DOW-UAP-D49, Launch Summary, Vandenberg AFB, 2000
Agency: Department of War
Incident date: 2/3/00
Page 37
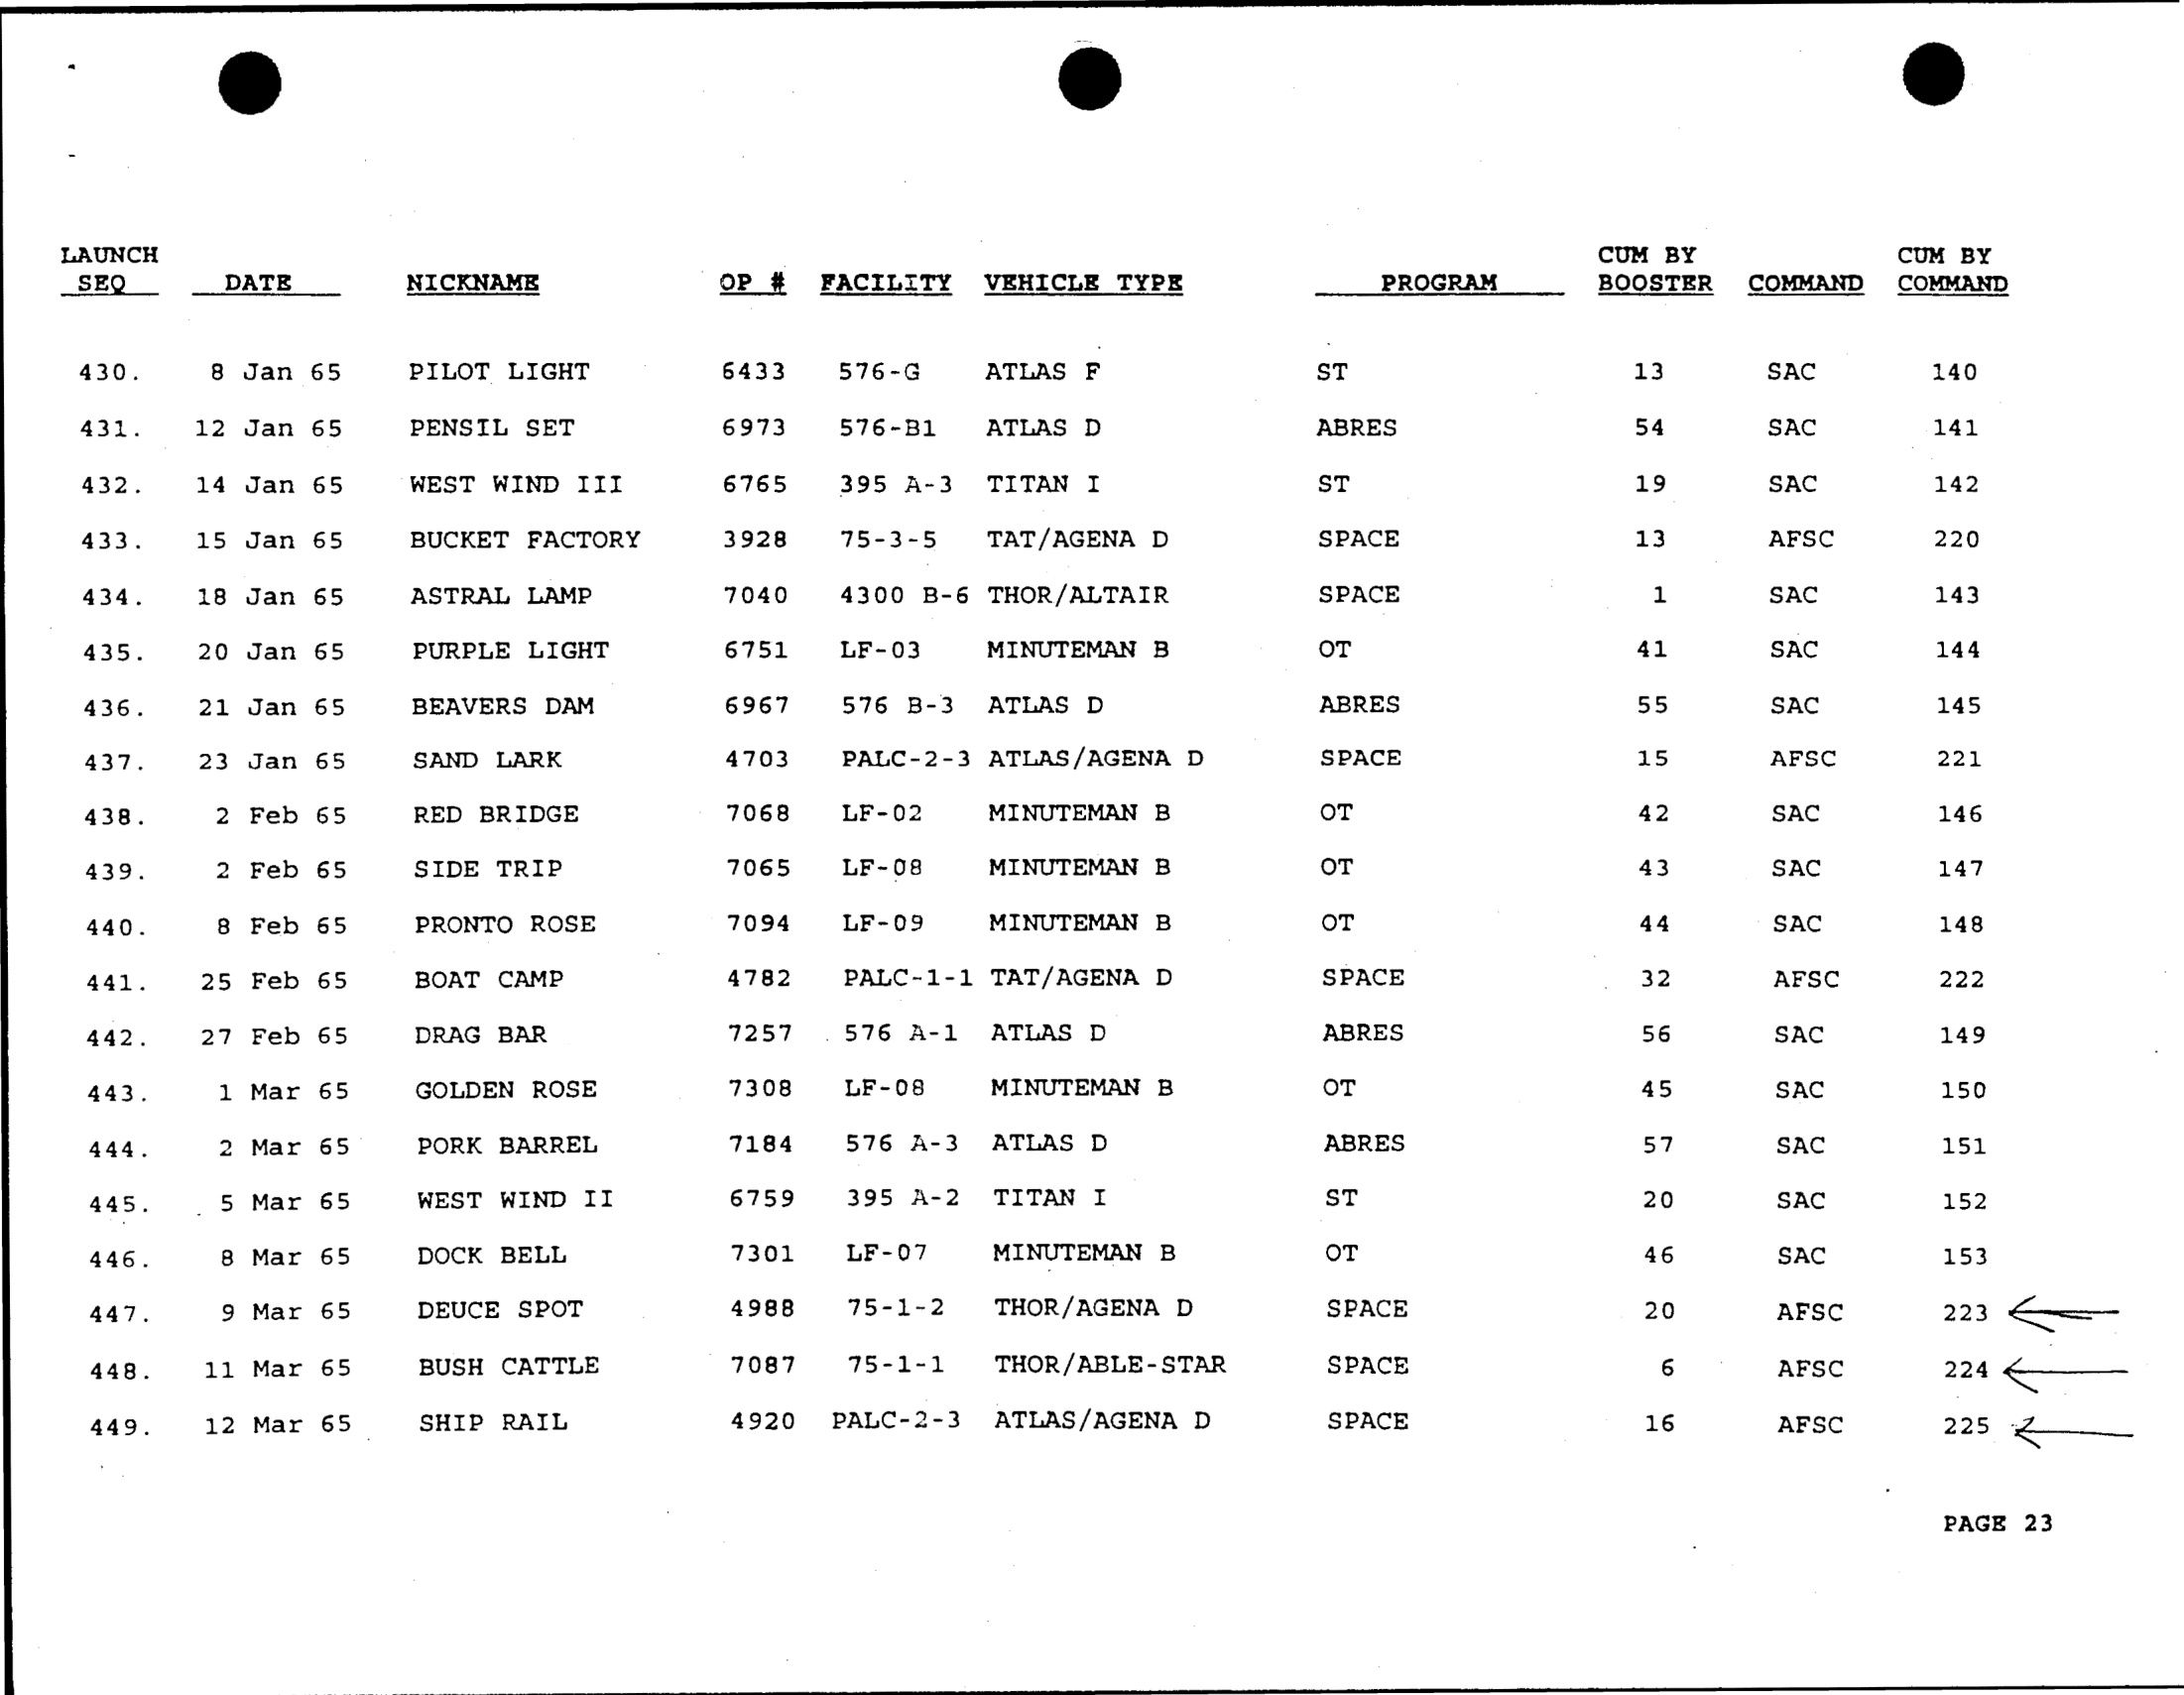